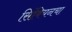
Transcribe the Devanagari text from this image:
सिंबियनचा